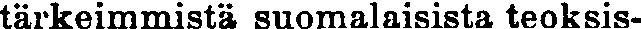
tärkeimmistä suomalaisista teoksis-